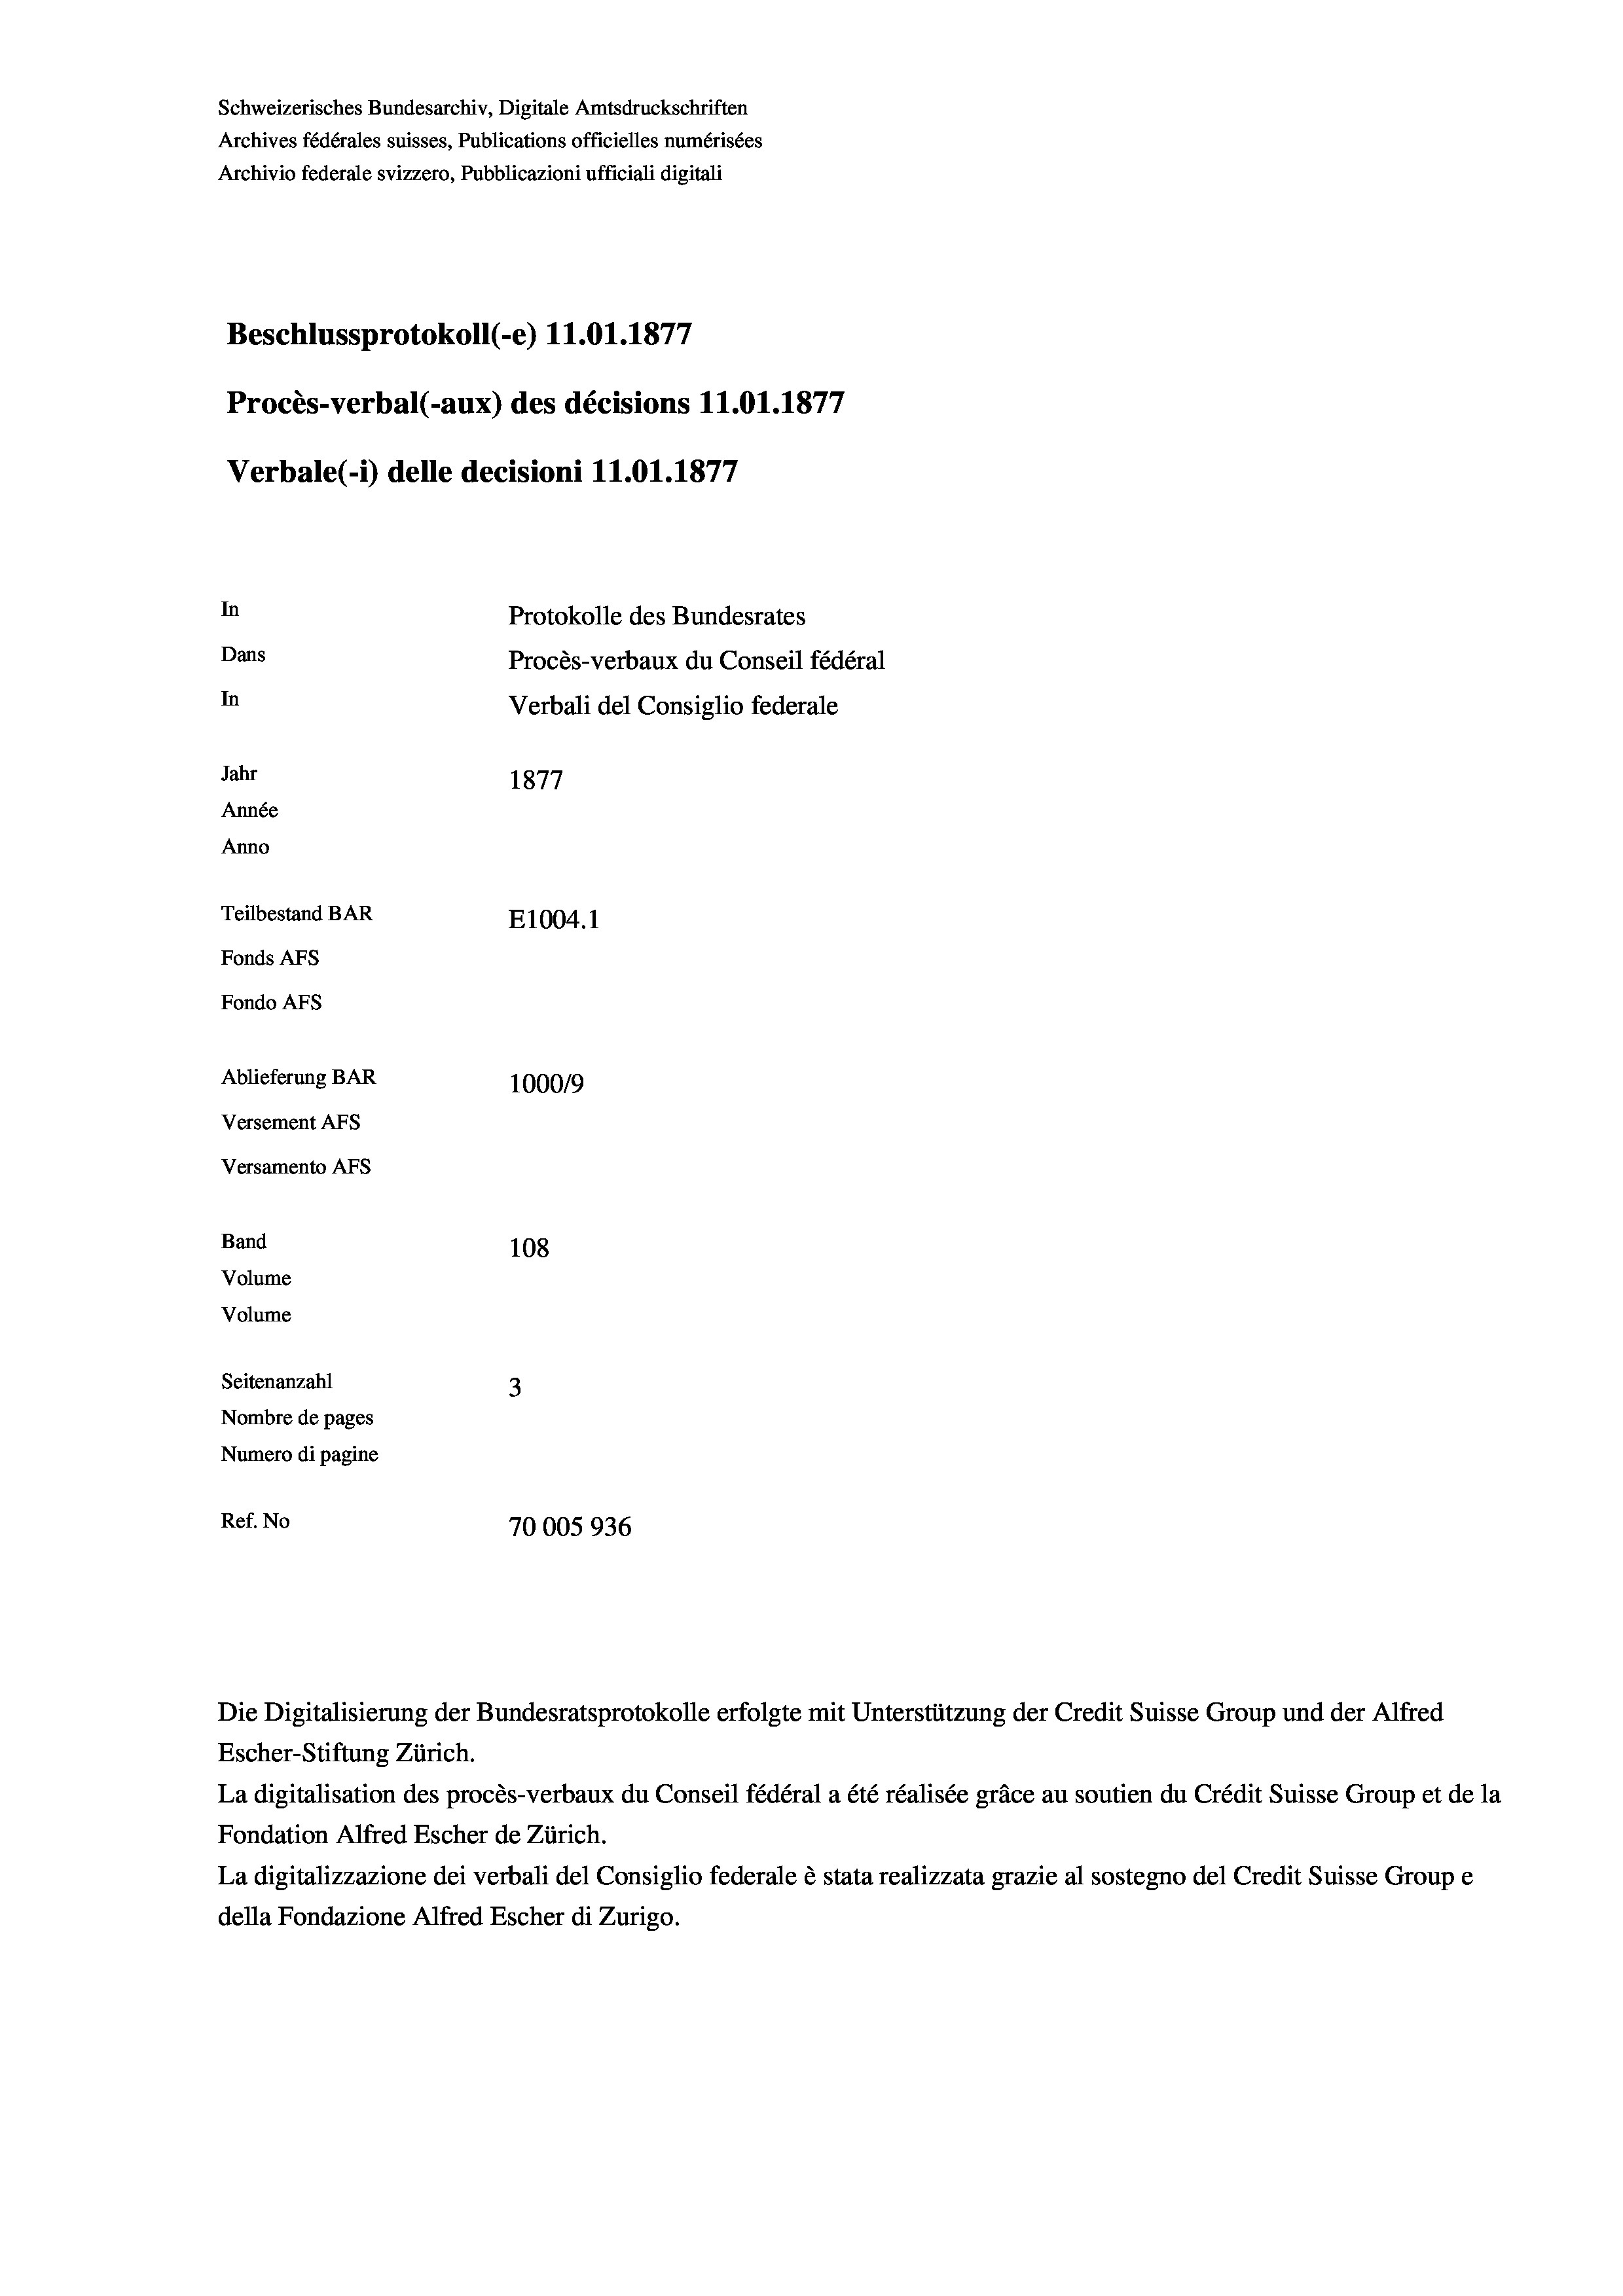
Schweizerisches Bundesarchiv, Digitale Amtsdruckschriften
Archives fédérales suisses, Publications officielles numérisées
Archivio federale svizzero, Pubblicazioni ufficiali digitali
e
Beschlussprotokoll (-e) 11.01. 1877
Procès-verbal (-aux) des décisions 11.01. 1877
Verbale (1) delle decisioni 11.01. 1877
In
Protokolle des Bundesrates
Dans
Procès-verbaux du Conseil fédéral
In
Verbali del Consiglio federale
Jahr
1877
Année
Anno
Teilbestand BAR
E1004.1
Fonds AFs
Fondo AFs
Ablieferung BAR
100019
Versement AFS

Versamento AFs
Band
Volume
Volume

108
Seitenanzahl
3
Nombre de pages
Numero di pagine
Ref. No
70005936

Escher-Stiftung Zürich.
La digitalisation des procès-verbaux du Conseil fédéral a été réalisée gräce au soutien du Crédit Suisse Group et de la
Fondation Alfred Escher de Zürich.
La digitalizzazione dei verbali del Consiglio federale è stata realizzata grazie al sostegno del Credit Suisse Groupe
della Fondazione Alfred Escher di Zurigo.

Die Digitalisierung der Bundesratsprotokolle erfolgte mit Unterstützung der Credit Suisse Group und der Alfred